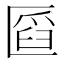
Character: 𠥒